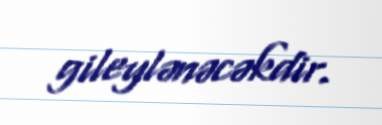
gileylənəcəkdir.